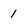
Character: 1